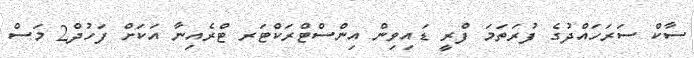
ސާކް ސަރަހައްދުގެ ފުރަތަމަ ފްރީ ޑައިވިން އިންސްޓްރަކްޓަރ ޓްރެއިނާ އަކަށް ފަހުދް2 މަސް